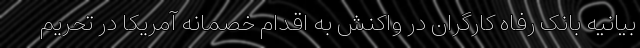
بیانیه بانک رفاه کارگران در واکنش به اقدام خصمانه آمریکا در تحریم